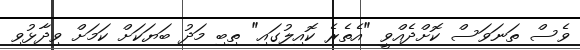
ވެސް ތަނަވަސް ކޮށްދެއްވީ "އެތެރެ ކޮއިލުގައި" ތިބި މަދު ބަޔަކަށް ކަމަށް ވިދާޅުވި